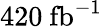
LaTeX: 420~\mathrm{fb}^{-1}